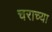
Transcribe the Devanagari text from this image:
चराच्या